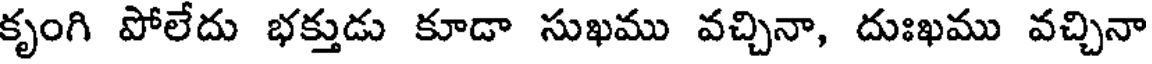
కృంగి పోలేదు భక్తుడు కూడా సుఖము వచ్చినా, దుఃఖము వచ్చినా